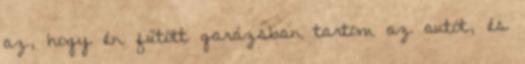
az, hogy én fűtött garázsban tartom az autót, és